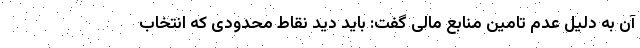
آن به دلیل عدم تامین منابع مالی گفت: باید دید نقاط محدودی که انتخاب